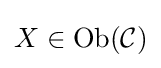
X\in {\text{Ob}}({\mathcal {C}})